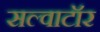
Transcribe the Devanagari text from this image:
सल्वाटॉर